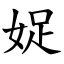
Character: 娖